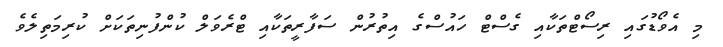
މި އެވޯޑުގައި ރިސޯޓްތަކާއި ގެސްޓް ހައުސްގެ އިތުރުން ސަފާރީތަކާއި ޓްރެވަލް ކުންފުނިތަކަށް ކުރިމަތިލެވެ